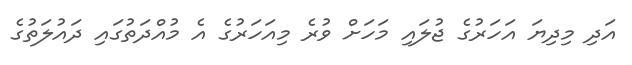
އަދި މިދިޔަ އަހަރުގެ ޖުލައި މަހަށް ވުރެ މިއަހަރުގެ އެ މުއްދަތުގައި ދައުލަތުގެ